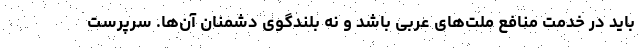
باید در خدمت منافع ملت‌های عربی باشد و نه بلندگوی دشمنان آن‌ها. سرپرست